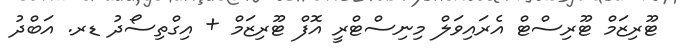
ޓޫރިޒަމް ޓޫރިސްޓް އެރައިވަލް މިނިސްޓްރީ އޮފް ޓޫރިޒަމް + އިގްތިސޯދު ޑރ. އަބްދު